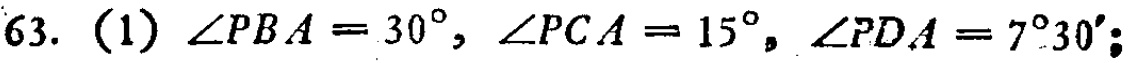
63. (1) \(\angle PBA = 30^{\circ}, \angle PCA = 15^{\circ}, \angle PDA = 7^{\circ}30'\);